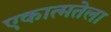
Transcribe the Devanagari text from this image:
एकात्मतेला